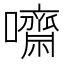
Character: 𡄡